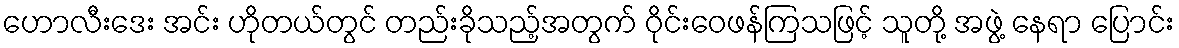
ဟောလီးဒေး အင်း ဟိုတယ်တွင် တည်းခိုသည့်အတွက် ဝိုင်းဝေဖန်ကြသဖြင့် သူတို့ အဖွဲ့ နေရာ ပြောင်း